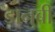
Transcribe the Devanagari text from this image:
डानुबी